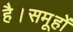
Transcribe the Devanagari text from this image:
है।समूहों